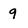
Character: 9